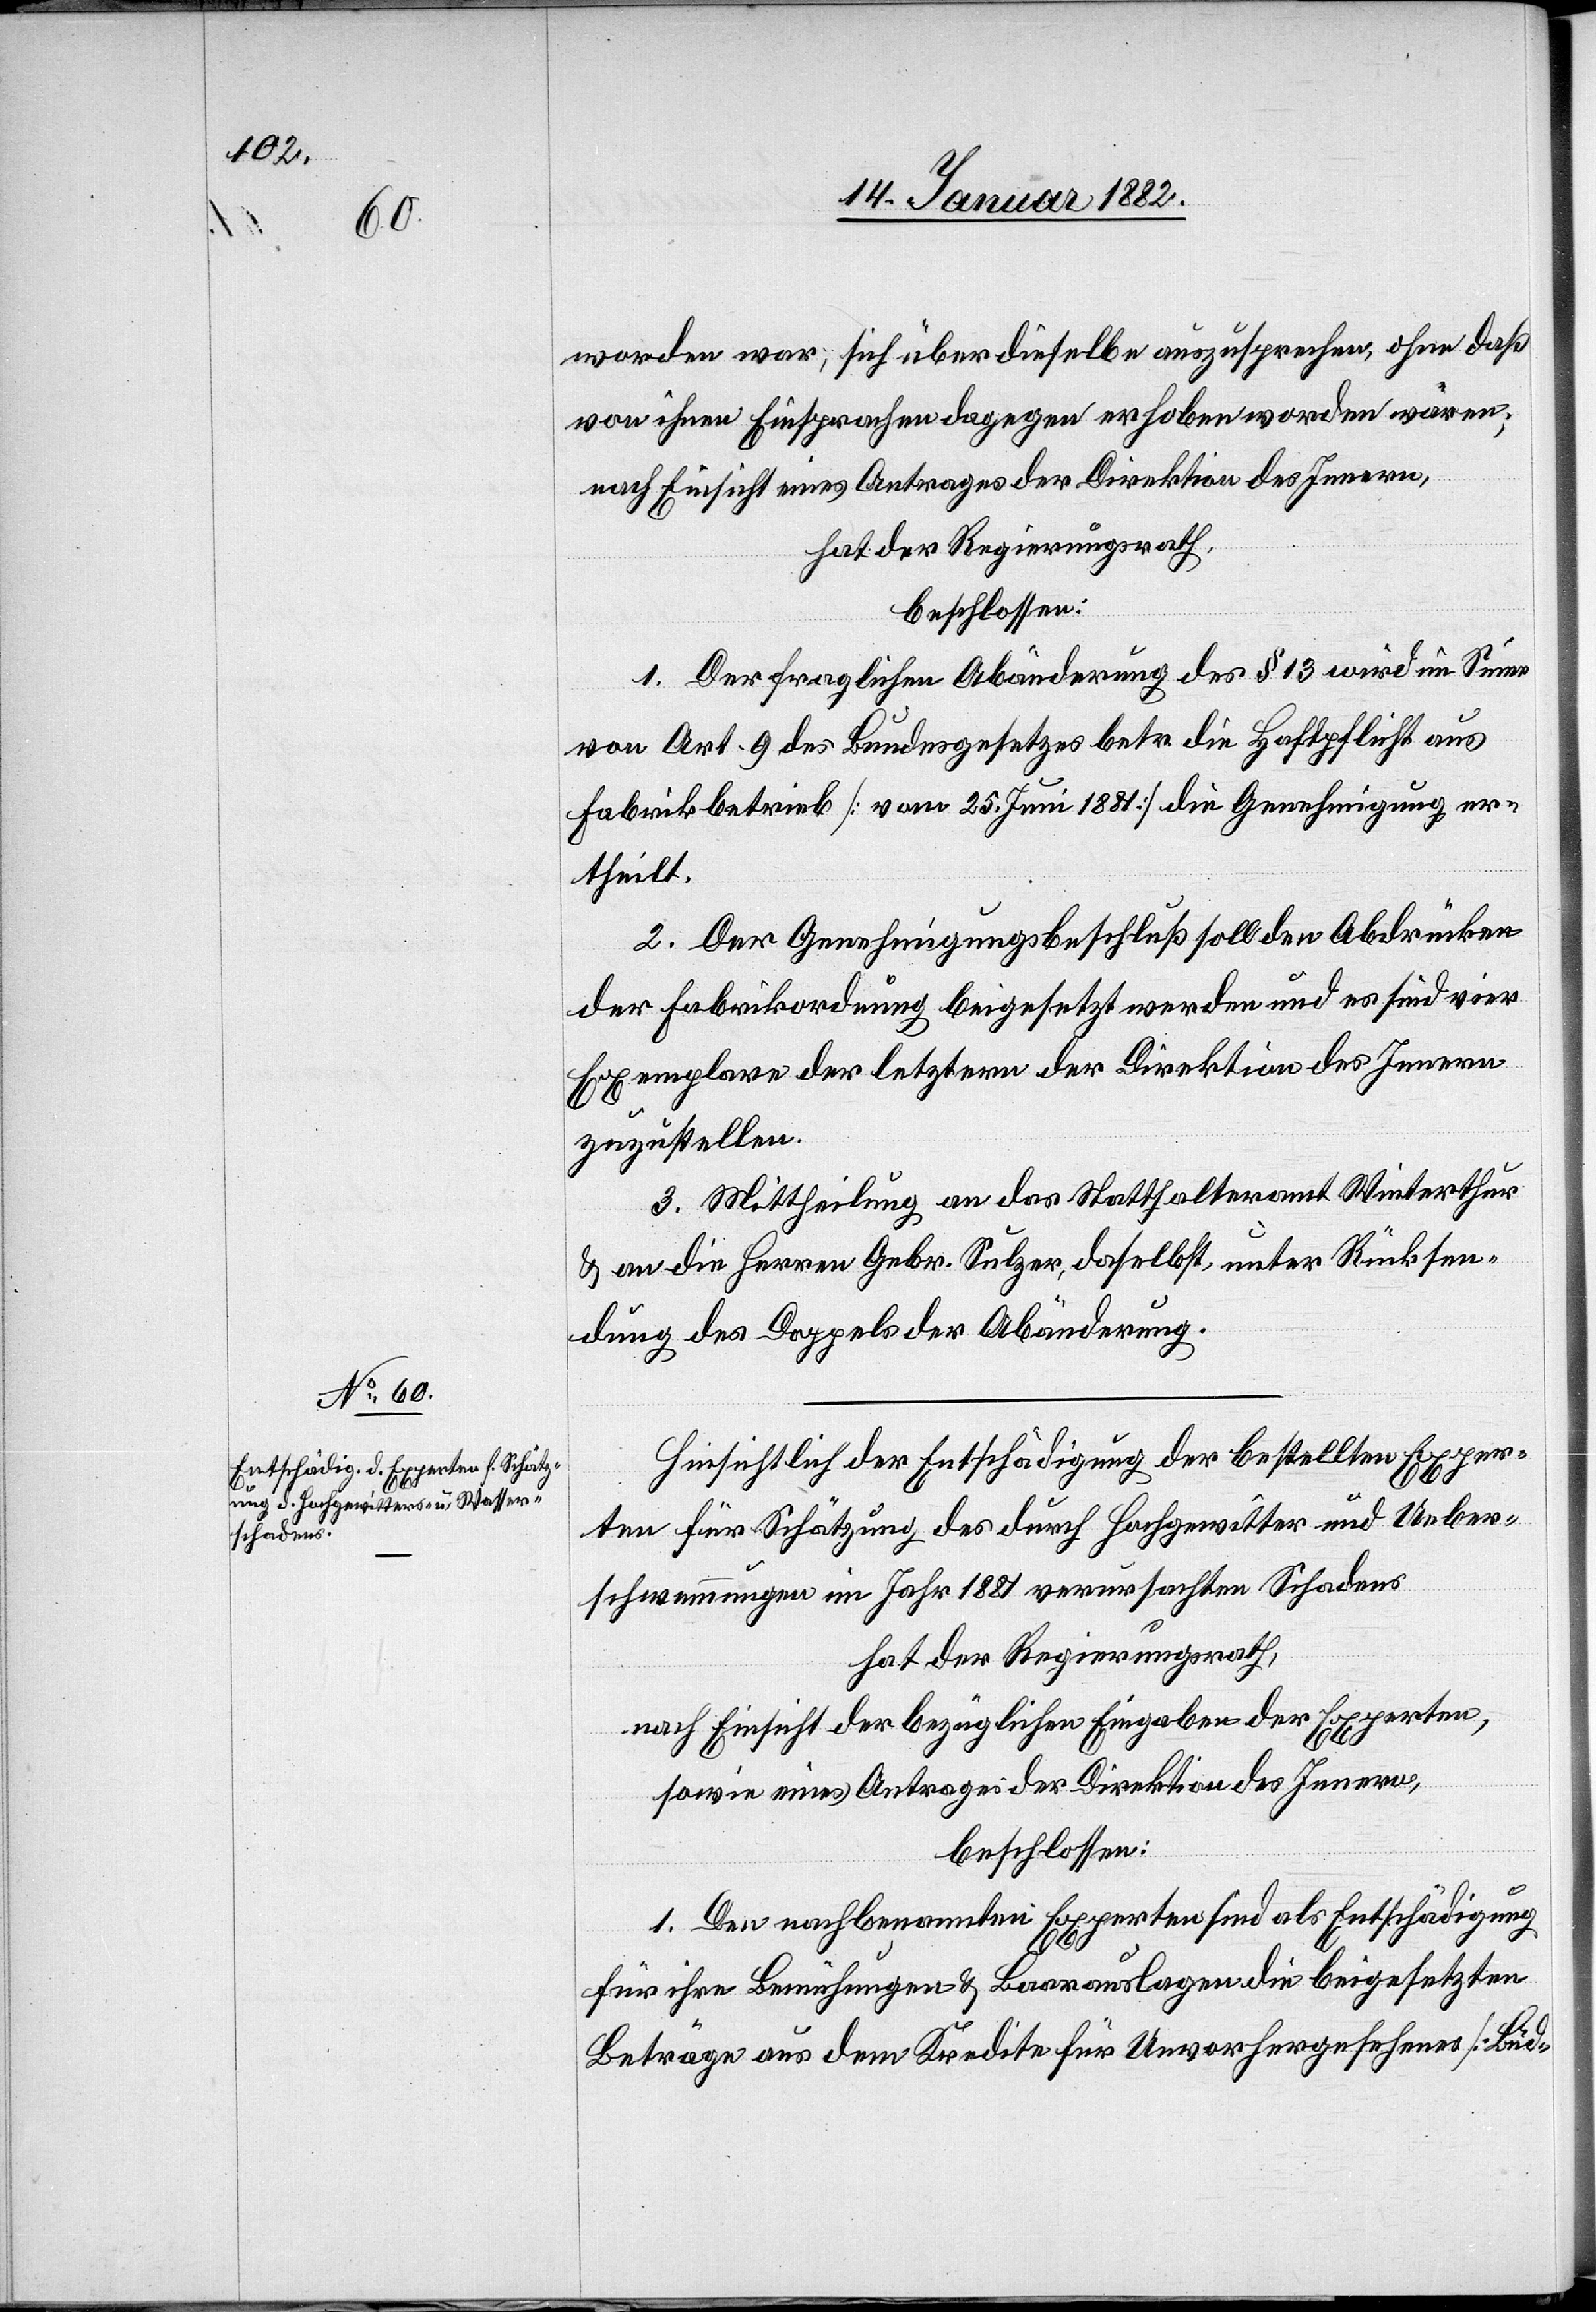
worden war, sich über dieselbe auszusprechen, ohne daß
von ihren Einsprachen dagegen erhoben worden wären;
nach Einsicht eines Antrages der Direktion des Innern,
hat der Regierungsrath,
beschlossen:
1. Der fraglichen Abänderung des § 13 wird im Sinne
von Art. 9 des Bundesgesetzes betr. die Haftpflicht aus
Fabrikbetrieb [vom 25. Juni 1881] die Genehmigung er¬
theilt.
2. Der Genehmigungsbeschluß soll den Abdrücken
der Fabrikordnung beigesetzt werden und es sind vier
Exemplare der letztern der Direktion des Innern
zuzustellen.
3. Mittheilung an das Statthalteramt Winterthur
& an die Herren Gebr. Sulzer daselbst unter Rücksen¬
dung des Doppels der Abänderung.
Hinsichtlich der Entschädigung der bestellten Exper¬
ten für Schätzung des durch Hochgewitter und Ueber¬
schwemmungen im Jahr 1881 verursachten Schadens
hat der Regierungsrath,
nach Einsicht der bezüglichen Eingaben der Experten,
sowie eines Antrages der Direktion des Innern,
beschlossen:
1. Den nachbenannten Experten sind als Entschädigung
für ihre Bemühungen & Baarauslagen die beigesetzten
Beträge aus dem Kredite für Unvorhergesehenes [Bud-